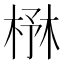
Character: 㮊